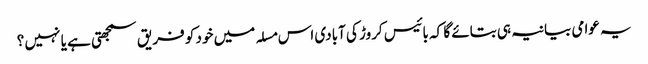
یہ عوامی بیانیہ ہی بتائے گا کہ بائیس کروڑ کی آبادی اس مسلہ میں خود کو فریق سمجھتی ہے یا نہیں ؟